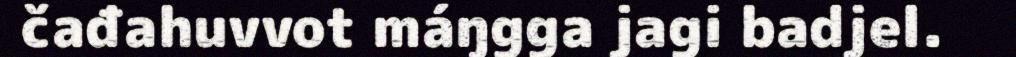
čađahuvvot máŋgga jagi badjel.